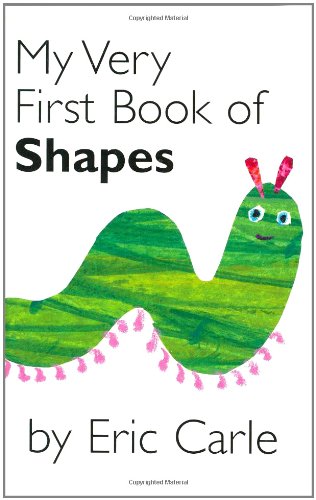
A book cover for My Very First Book of Shapes; Eric Carle; Science & Math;